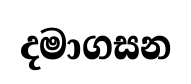
දමාගසන